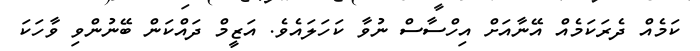
ކަމެއް ދެރަކަމެއް އޭނާއަށް އިހްސާސް ނުވާ ކަހަލައެވެ. އަޒީމް ދައްކަން ބޭނުންވި ވާހަކަ